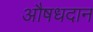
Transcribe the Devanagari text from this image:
औषधदान